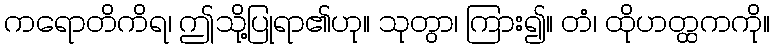
ကရောတိကိရ၊ ဤသို့ပြုရာ၏ဟု။ သုတွာ၊ ကြား၍။ တံ၊ ထိုဟတ္ထကကို။